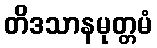
တိဒသာနမုတ္တမံ